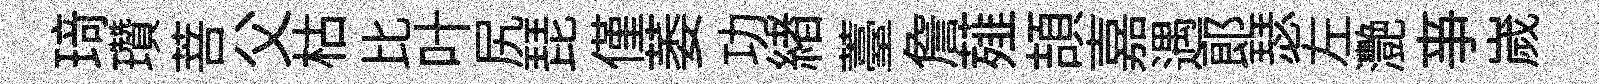
𤦺瓚菩父枯比叶尻琵僅萎功緖薹詹薤頡嘉遇郞瑟左灧亊嵗